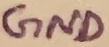
Text: GND